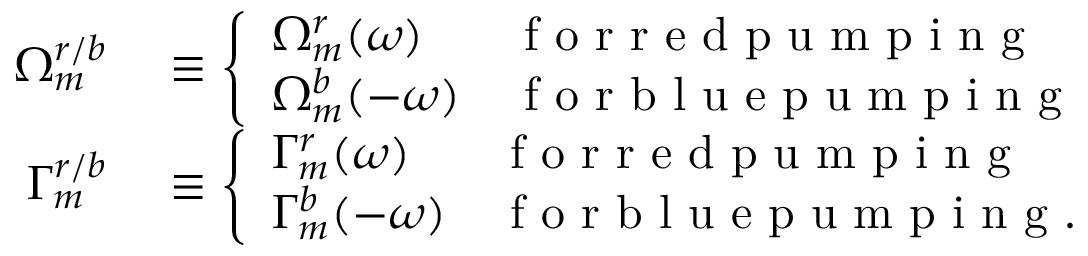
\begin{array} { r l } { \Omega _ { m } ^ { r / b } } & { { } \equiv \left\{ \begin{array} { l l } { \Omega _ { m } ^ { r } ( \omega ) } & { \mathrm { ~ f ~ o ~ r ~ r ~ e ~ d ~ p ~ u ~ m ~ p ~ i ~ n ~ g ~ } } \\ { \Omega _ { m } ^ { b } ( - \omega ) } & { \mathrm { ~ f ~ o ~ r ~ b ~ l ~ u ~ e ~ p ~ u ~ m ~ p ~ i ~ n ~ g ~ } } \end{array} \right. } \\ { \Gamma _ { m } ^ { r / b } } & { { } \equiv \left\{ \begin{array} { l l } { \Gamma _ { m } ^ { r } ( \omega ) } & { \mathrm { ~ f ~ o ~ r ~ r ~ e ~ d ~ p ~ u ~ m ~ p ~ i ~ n ~ g ~ } } \\ { \Gamma _ { m } ^ { b } ( - \omega ) } & { \mathrm { ~ f ~ o ~ r ~ b ~ l ~ u ~ e ~ p ~ u ~ m ~ p ~ i ~ n ~ g ~ . ~ } } \end{array} \right. } \end{array}